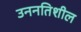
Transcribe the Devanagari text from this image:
उननतिशील